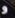
و